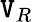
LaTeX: \mathtt{V}_{R}